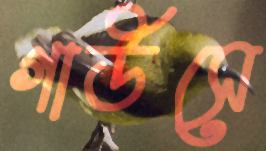
গাউসে